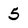
Character: 5